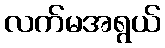
လက်မအရွယ်